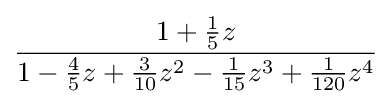
{\frac {1+{\frac {1}{5}}z}{1-{\frac {4}{5}}z+{\frac {3}{10}}z^{2}-{\frac {1}{15}}z^{3}+{\frac {1}{120}}z^{4}}}